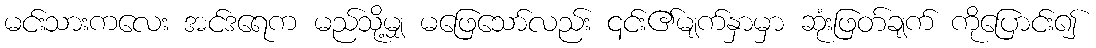
မင်းသားကလေး အင်ဒရေက မည်သို့မျှ မဖြေသော်လည်း ၎င်း၏မျက်နှာမှာ ဆုံးဖြတ်ချက် ကိုပြောင်း၍